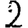
Digit: 2